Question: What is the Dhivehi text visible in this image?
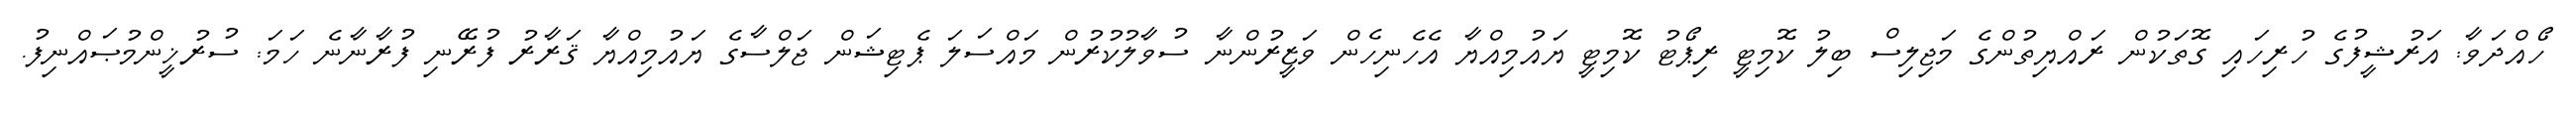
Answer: ހޯއްދަވާ: އަރުޝީފުގެ ހުރިހައި ގޮތަކުން ރައްޔިތުންގެ މަޖިލިސް ބިލު ކޮމިޓީ ރިޕޯޓު ކޮމިޓީ ޔައުމިއްޔާ އެހެނިހެން ވަޒީރުންނާ ސުވާލުކުރުން މައްސަލަ ޕެޓިޝަން ޖަލްސާގެ ޔައުމިއްޔާ ޤަރާރު ފުރޭނި ފުރާނާނެ ހަމަ: ސުރުޚީންމުޞައްނިފު.